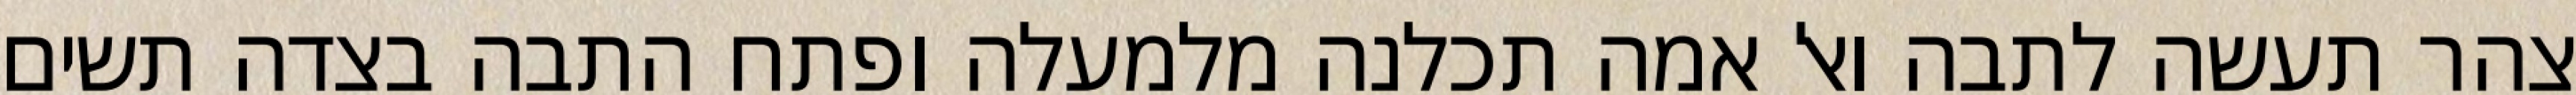
צהר תעשה לתבה ואל אמה תכלנה מלמעלה ופתח התבה בצדה תשים